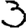
Digit: 3